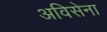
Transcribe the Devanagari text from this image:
अविसेना